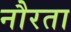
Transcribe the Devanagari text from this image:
नौरता